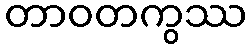
တာဝတကွဿ